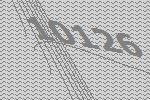
10126